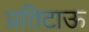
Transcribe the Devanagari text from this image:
प्रतिटाऊ